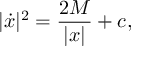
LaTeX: | { \dot { x } } | ^ { 2 } = { \frac { 2 M } { | x | } } + c ,